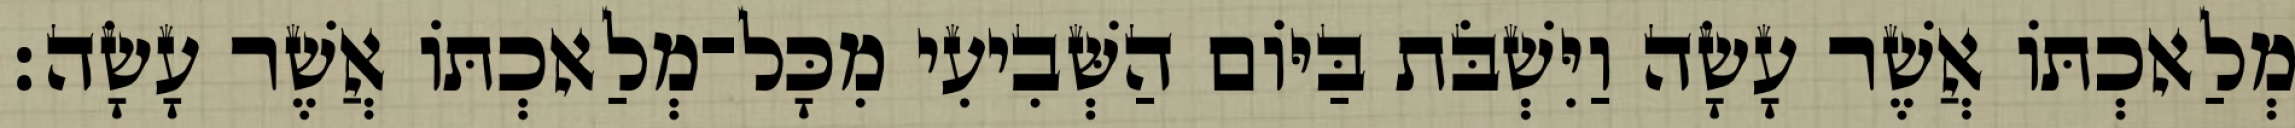
מְלַאכְתֹּו אֲשֶׁר עָשָׂה וַיִּשְׁבֹּת בַּיֹּום הַשְּׁבִיעִי מִכָּל־מְלַאכְתֹּו אֲשֶׁר עָשָׂה׃